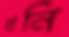
ধনি